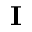
\mathbf { I }